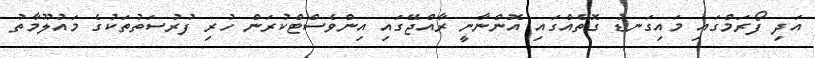
އަދި ފޯރަމްގައި މައިގަނޑު ގޮތެއްގައި އޮންނާނީ ރާއްޖޭގައި އިންވެސްޓްކުރަން ހުރި ފުރުސަތުތަކުގެ މައުލޫމާތު